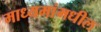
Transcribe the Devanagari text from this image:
माध्यमांमधील